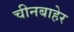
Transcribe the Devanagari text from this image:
चीनबाहेर